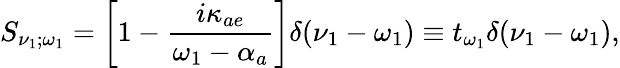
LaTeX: S_{\nu_{1};\omega_{1}}=\left[1-\frac{i\kappa_{ae}}{\omega_{1}-\alpha_{a}}\right]\delta(\nu_{1}-\omega_{1})\equiv t_{\omega_{1}}\delta(\nu_{1}-\omega_{1}),